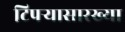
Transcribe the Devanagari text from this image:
टिपर्‍यासारख्या